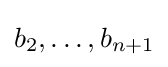
b_{2},\ldots ,b_{n+1}